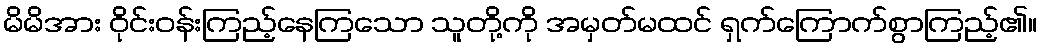
မိမိအား ဝိုင်းဝန်းကြည့်နေကြသော သူတို့ကို အမှတ်မထင် ရှက်ကြောက်စွာကြည့်၏။